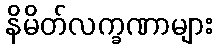
နိမိတ်လက္ခဏာများ